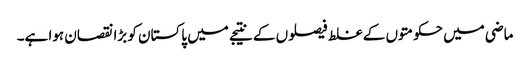
ماضی میں حکومتوں کے غلط فیصلوں کے نتیجے میں پاکستان کو بڑا نقصان ہوا ہے۔